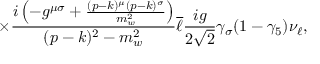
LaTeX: \times \frac { i \left( - g ^ { { \mu } { \sigma } } + \frac { ( p - k ) ^ { \mu } ( p - k ) ^ { \sigma } } { m _ { w } ^ { 2 } } \right) } { ( p - k ) ^ { 2 } - m _ { w } ^ { 2 } } \overline { { { \ell } } } \frac { i g } { 2 \sqrt { 2 } } \gamma _ { \sigma } ( 1 - { \gamma } _ { 5 } ) \nu _ { \ell } ,